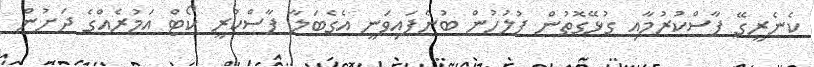
ކެނެރީގޭ ފާސްކުުރުމާއި ގުޅޭގޮތުން ފުލުހުން ބުނެފައިވަނީ އެގެބަލާ ފާސްކުރީ ކޯޓް އަމުރެއްގެ ދަށުން